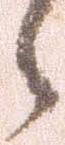
之